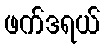
ဖက်ဒရယ်